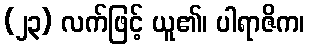
(၂၃) လက်ဖြင့် ယူ၏၊ ပါရာဇိက၊